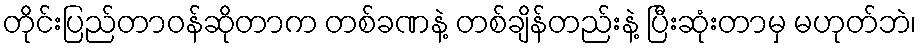
တိုင်းပြည်တာဝန်ဆိုတာက တစ်ခဏနဲ့ တစ်ချိန်တည်းနဲ့ ပြီးဆုံးတာမှ မဟုတ်ဘဲ၊